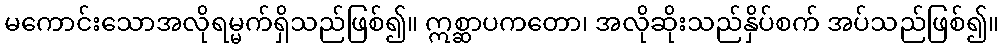
မကောင်းသောအလိုရမ္မက်ရှိသည်ဖြစ်၍။ ဣစ္ဆာပကတော၊ အလိုဆိုးသည်နှိပ်စက် အပ်သည်ဖြစ်၍။